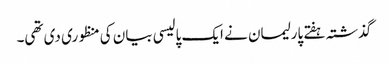
گذشتہ ہفتے پارلیمان نے ایک پالیسی بیان کی منظوری دی تھی۔